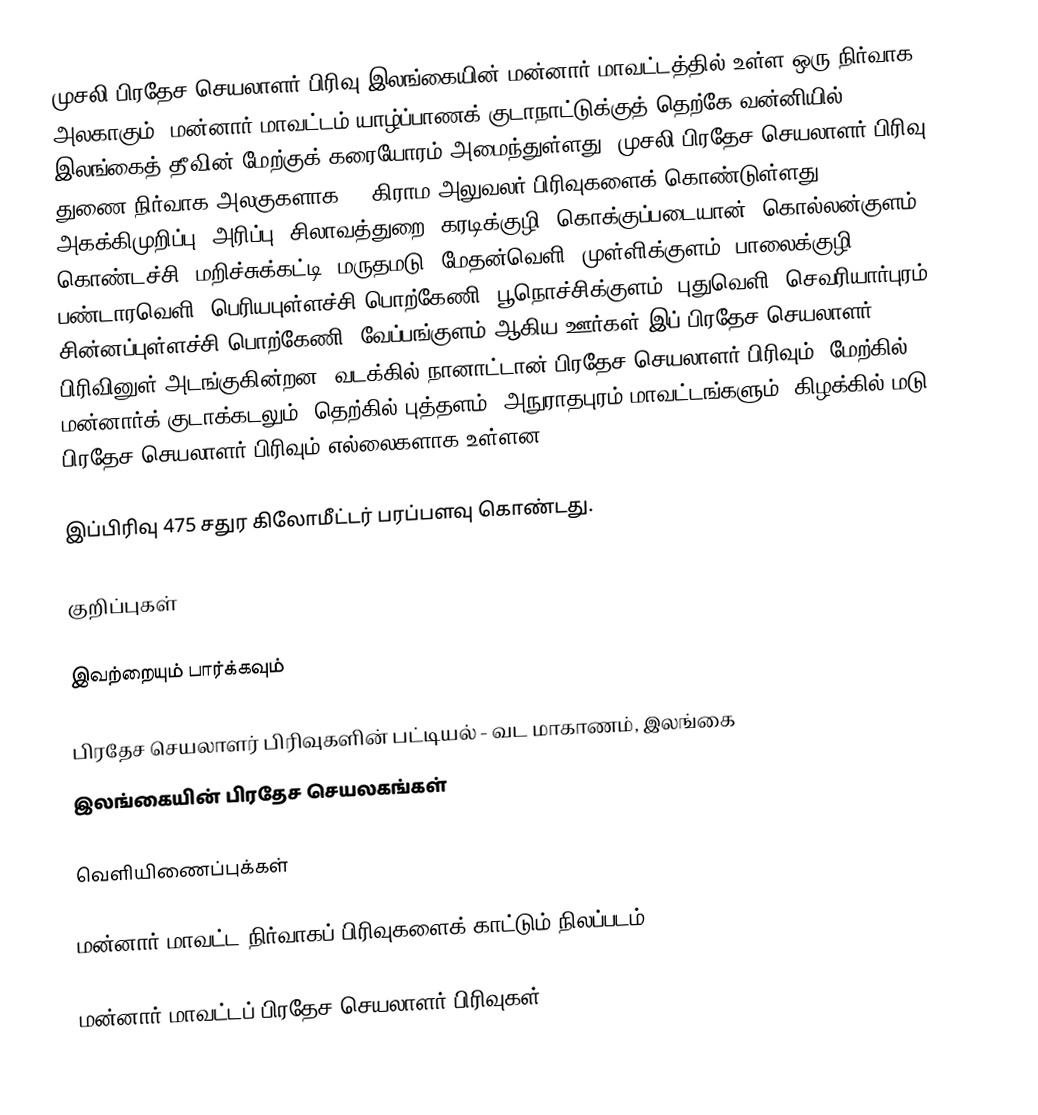
முசலி பிரதேச செயலாளர் பிரிவு இலங்கையின் மன்னார் மாவட்டத்தில் உள்ள ஒரு நிர்வாக அலகாகும். மன்னார் மாவட்டம் யாழ்ப்பாணக் குடாநாட்டுக்குத் தெற்கே வன்னியில் இலங்கைத் தீவின் மேற்குக் கரையோரம் அமைந்துள்ளது. முசலி பிரதேச செயலாளர் பிரிவு துணை நிர்வாக அலகுகளாக 20 கிராம அலுவலர் பிரிவுகளைக் கொண்டுள்ளது. அகக்கிமுறிப்பு, அரிப்பு, சிலாவத்துறை, கரடிக்குழி, கொக்குப்படையான், கொல்லன்குளம், கொண்டச்சி, மறிச்சுக்கட்டி, மருதமடு, மேதன்வெளி, முள்ளிக்குளம், பாலைக்குழி, பண்டாரவெளி, பெரியபுள்ளச்சி பொற்கேணி, பூநொச்சிக்குளம், புதுவெளி, செவரியார்புரம், சின்னப்புள்ளச்சி பொற்கேணி, வேப்பங்குளம் ஆகிய ஊர்கள் இப் பிரதேச செயலாளர் பிரிவினுள் அடங்குகின்றன. வடக்கில் நானாட்டான் பிரதேச செயலாளர் பிரிவும்; மேற்கில் மன்னார்க் குடாக்கடலும்; தெற்கில் புத்தளம், அநுராதபுரம் மாவட்டங்களும்; கிழக்கில் மடு பிரதேச செயலாளர் பிரிவும் எல்லைகளாக உள்ளன.

இப்பிரிவு 475 சதுர கிலோமீட்டர் பரப்பளவு கொண்டது.

குறிப்புகள்

இவற்றையும் பார்க்கவும்

 பிரதேச செயலாளர் பிரிவுகளின் பட்டியல் - வட மாகாணம், இலங்கை
 இலங்கையின் பிரதேச செயலகங்கள்

வெளியிணைப்புக்கள்

 மன்னார் மாவட்ட நிர்வாகப் பிரிவுகளைக் காட்டும் நிலப்படம்

மன்னார் மாவட்டப் பிரதேச செயலாளர் பிரிவுகள்